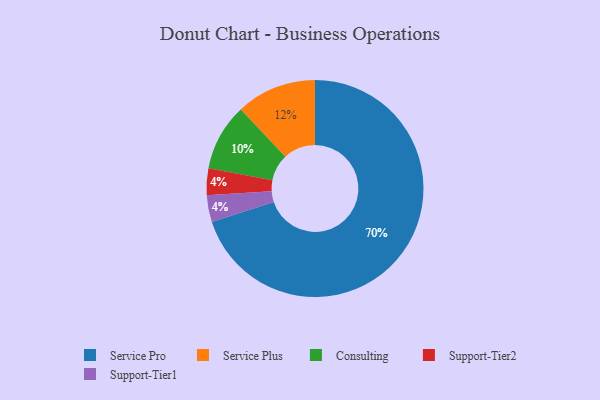
{"axis": {"x": "Category", "y": "Percentage"}, "legend": ["Consulting", "Service Plus", "Service Pro", "Support-Tier1", "Support-Tier2"], "data": [{"x": "Service Pro", "y": 70, "type": "Service Pro"}, {"x": "Consulting", "y": 10, "type": "Consulting"}, {"x": "Support-Tier2", "y": 4, "type": "Support-Tier2"}, {"x": "Service Plus", "y": 12, "type": "Service Plus"}, {"x": "Support-Tier1", "y": 4, "type": "Support-Tier1"}]}